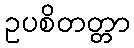
ဥပစိတတ္တာ